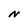
Character: N